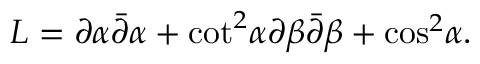
{ \cal L } = \partial \alpha \bar { \partial } \alpha + { \cot } ^ { 2 } \alpha \partial \beta \bar { \partial } \beta + { \cos } ^ { 2 } \alpha .